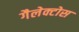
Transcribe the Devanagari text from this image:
गैलेक्टोस